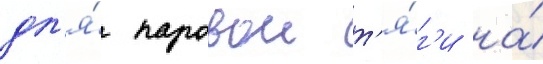
дл'я́ паровои т'я́г'и на́